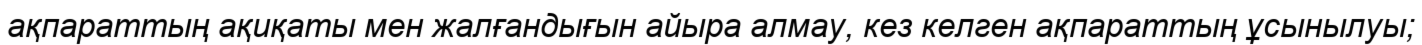
ақпараттың ақиқаты мен жалғандығын айыра алмау, кез келген ақпараттың ұсынылуы;